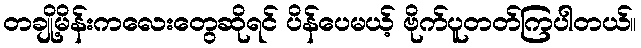
တချို့မိန်းကလေးတွေဆိုရင် ပိန်ပေမယ့် ဗိုက်ပူတတ်ကြပါတယ်။